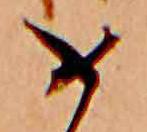
め